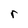
Character: r